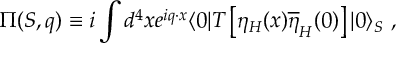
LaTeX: \Pi ( S , q ) \equiv i \int d ^ { 4 } x e ^ { i q \cdot x } \langle 0 | T \left[ \eta _ { H } ( x ) \overline { { { \eta } } } _ { H } ( 0 ) \right] | 0 \rangle _ { S } \ ,